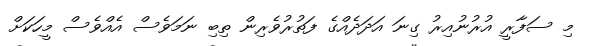
މި ސަފާރީ އުރުނުއިރު ގިނަ އަދަދެއްގެ ފަތުރުވެރިން ތިބި ނަމަވެސް އެއްވެސް މީހަކަށް